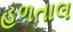
હળતાલ